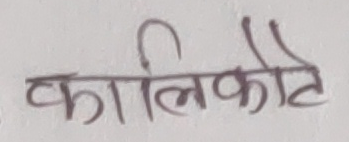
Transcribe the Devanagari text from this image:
कालिकोट